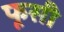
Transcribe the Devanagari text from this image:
फूसी